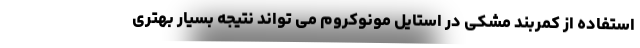
استفاده از کمربند مشکی در استایل مونوکروم می تواند نتیجه بسیار بهتری